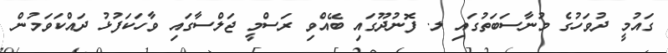
ގައުމީ ދުވަހުގެ މުނާސަބަތުގައި ލ. ފޮނުދޫގައި ބޭއްވި ރަސްމީ ޖަލްސާގައި ވާހަކަފުޅު ދައްކަވަމުން